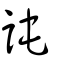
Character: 訰